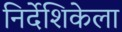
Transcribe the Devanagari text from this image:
निर्देशिकेला